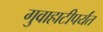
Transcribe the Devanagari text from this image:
गुवाहाटीपर्यंत